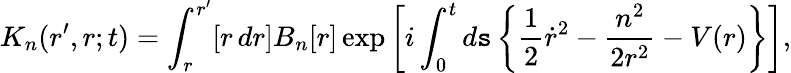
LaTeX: K_{n}(r^{\prime},r;t)=\int_{r}^{r^{\prime}}[r\, dr]B_{n}[r]\exp\left[i\int_{0}^{t}d\mathtt{s}\left\{ \frac{1}{2}\dot{{r}}^{2}-\frac{{n^{2}}}{{2r^{2}}}-V(r)\right\} \right],